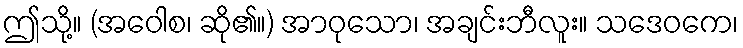
ဤသို့။ (အဝေါစ၊ ဆို၏။) အာဝုသော၊ အချင်းဘီလူး။ သဒေဝကေ၊